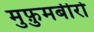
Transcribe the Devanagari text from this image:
मुफ़ुमबीरो